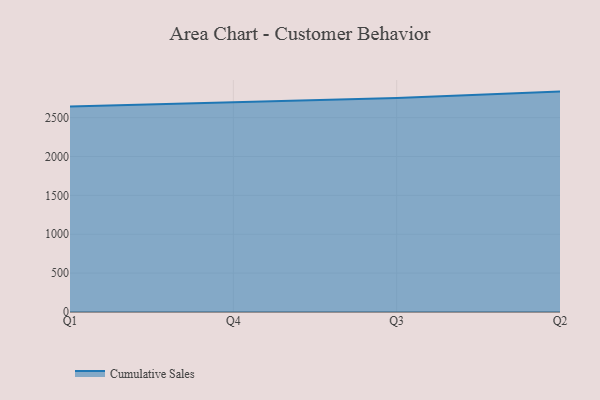
{"axis": {"x": "Quarter", "y": "Active Users"}, "legend": ["Cumulative Sales"], "data": [{"x": "Q1", "y": 2641.9, "type": "Cumulative Sales"}, {"x": "Q4", "y": 2695.4, "type": "Cumulative Sales"}, {"x": "Q3", "y": 2752.3, "type": "Cumulative Sales"}, {"x": "Q2", "y": 2834.8, "type": "Cumulative Sales"}]}